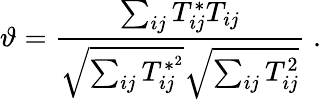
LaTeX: \vartheta=\frac{\sum_{ij}T_{ij}^{*}T_{ij}}{\sqrt{\sum_{ij}T_{ij}^{*^{2}}}\sqrt{\sum_{ij}T_{ij}^{2}}}\; .